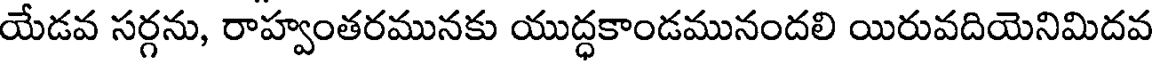
యేడవ సర్గను, రాహ్వంతరమునకు యుద్ధకాండమునందలి యిరువదియెనిమిదవ